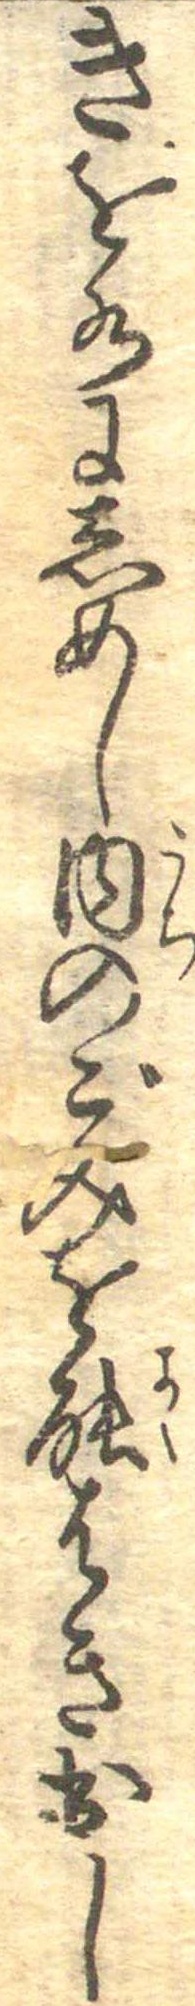
きを水にしめし内のごみを能はき出し